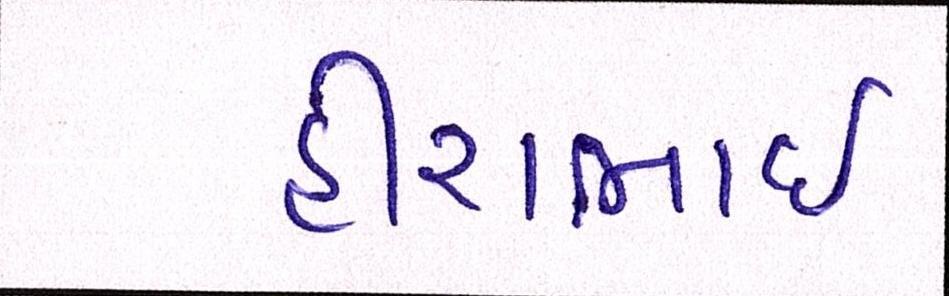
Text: હીરાભાઇ